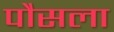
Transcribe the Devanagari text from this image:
पौसला